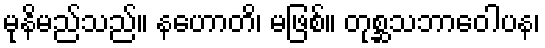
မုနိမည်သည်။ နဟောတိ၊ မဖြစ်။ တုစ္ဆသဘာဝေါပန၊